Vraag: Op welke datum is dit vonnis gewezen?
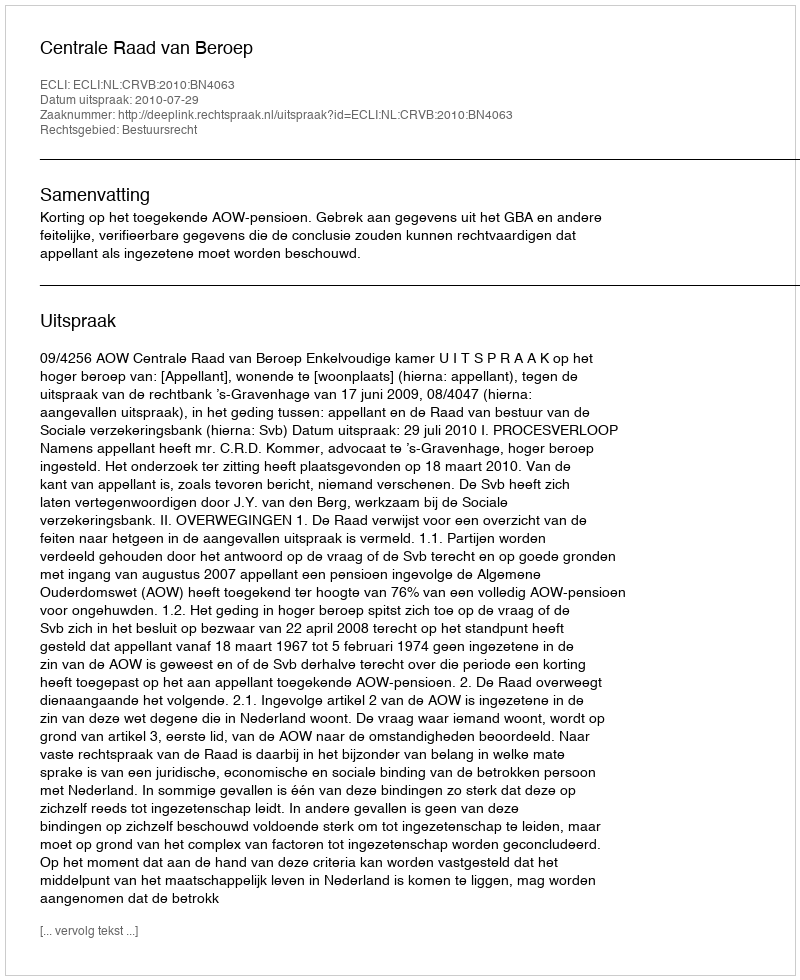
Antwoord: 2010-07-29